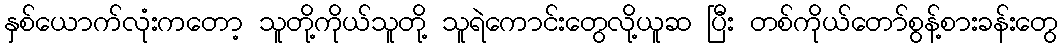
နှစ်ယောက်လုံးကတော့ သူတို့ကိုယ်သူတို့ သူရဲကောင်းတွေလို့ယူဆ ပြီး တစ်ကိုယ်တော်စွန့်စားခန်းတွေ